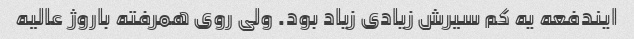
ایندفعه یه کم سیرش زیادی زیاد بود. ولی روی همرفته باروژ عالیه